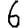
Digit: 6